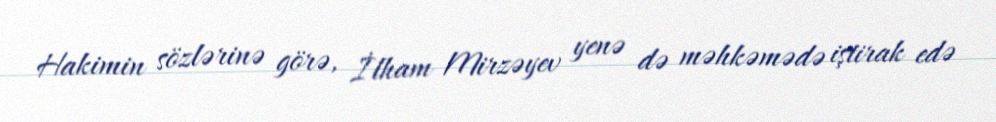
Hakimin sözlərinə görə, İlham Mirzəyev yenə də məhkəmədə iştirak edə